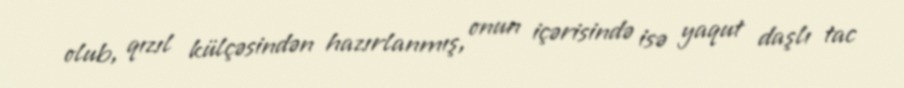
olub, qızıl külçəsindən hazırlanmış, onun içərisində isə yaqut daşlı tac